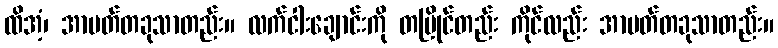
ထိအံ့၊ အာပတ်တခုသာတည်း။ လက်ငါးချောင်းကို တပြိုင်တည်း ကိုင်လည်း အာပတ်တခုသာတည်း။